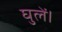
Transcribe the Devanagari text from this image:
घुलें।